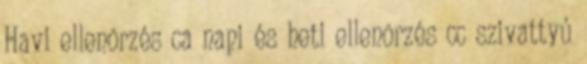
Havi ellenõrzés ca napi és heti ellenõrzés cc szivattyú